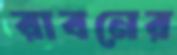
রাবনের